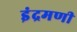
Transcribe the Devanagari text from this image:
इंद्रमणी